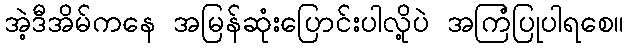
အဲ့ဒီအိမ်ကနေ အမြန်ဆုံးပြောင်းပါလို့ပဲ အကြံပြုပါရစေ။